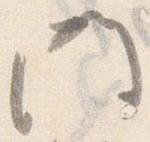
門